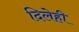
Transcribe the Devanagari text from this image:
दिलेही